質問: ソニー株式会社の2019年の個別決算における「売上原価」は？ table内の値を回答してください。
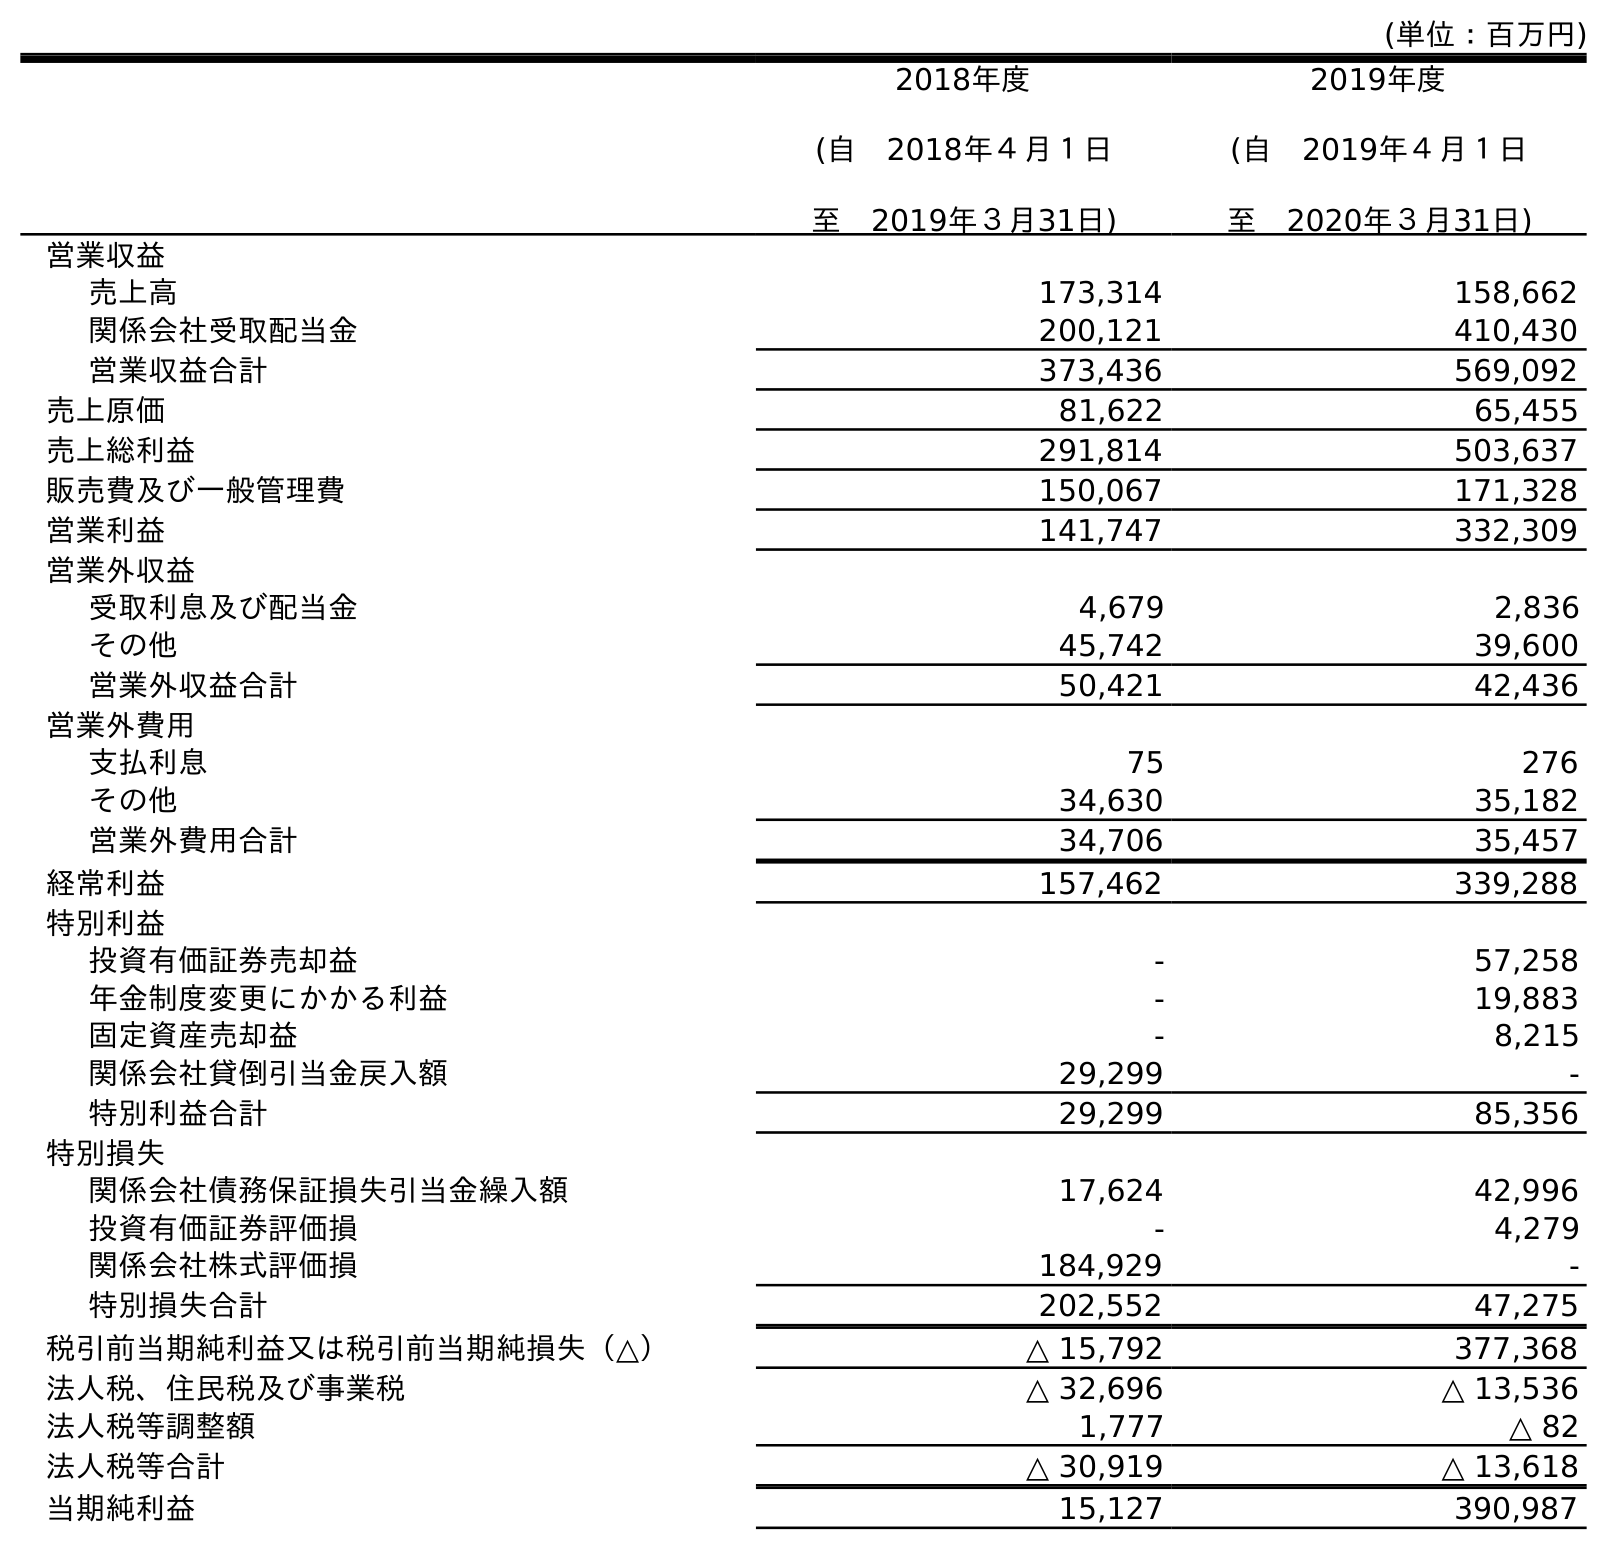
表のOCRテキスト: (単位：百万円) 2018年度 (自 2018年４月１日 至 2019年３月31日) 2019年度 (自 2019年４月１日 至 2020年３月31日) 営業収益 売上高 173,314 158,662 関係会社受取配当金 200,121 410,430 営業収益合計 373,436 569,092 売上原価 81,622 65,455 売上総利益 291,814 503,637 販売費及び一般管理費 150,067 171,328 営業利益 141,747 332,309 営業外収益 受取利息及び配当金 4,679 2,836 その他 45,742 39,600 営業外収益合計 50,421 42,436 営業外費用 支払利息 75 276 その他 34,630 35,182 営業外費用合計 34,706 35,457 経常利益 157,462 339,288 特別利益 投資有価証券売却益 - 57,258 年金制度変更にかかる利益 - 19,883 固定資産売却益 - 8,215 関係会社貸倒引当金戻入額 29,299 - 特別利益合計 29,299 85,356 特別損失 関係会社債務保証損失引当金繰入額 17,624 42,996 投資有価証券評価損 - 4,279 関係会社株式評価損 184,929 - 特別損失合計 202,552 47,275 税引前当期純利益又は税引前当期純損失（△） △ 15,792 377,368 法人税、住民税及び事業税 △ 32,696 △ 13,536 法人税等調整額 1,777 △ 82 法人税等合計 △ 30,919 △ 13,618 当期純利益 15,127 390,987
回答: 81,622